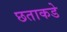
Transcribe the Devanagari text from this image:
छताकडे